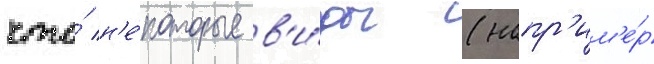
что́ н'е́которые в'и́ды (напр'им'е́р